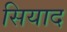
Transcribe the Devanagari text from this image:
सियाद